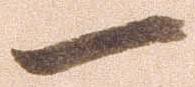
一